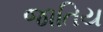
જાતિય